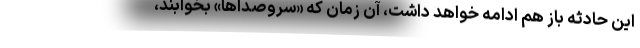
اين حادثه باز هم ادامه خواهد داشت، آن زمان كه «سروصداها» بخوابند،